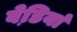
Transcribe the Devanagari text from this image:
बेडि़यां